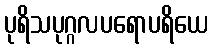
ပုရိသပုဂ္ဂလပရောပရိယေ